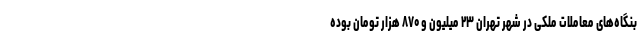
بنگاه‌های معاملات ملکی در شهر تهران ۲۳ میلیون و ۸۷۰ هزار تومان بوده